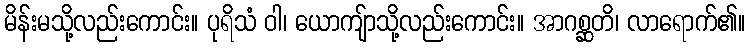
မိန်းမသို့လည်းကောင်း။ ပုရိသံ ဝါ၊ ယောကျ်ာသို့လည်းကောင်း။ အာဂစ္ဆတိ၊ လာရောက်၏။